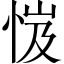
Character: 𢚼